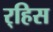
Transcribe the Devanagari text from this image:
र्‍हिस